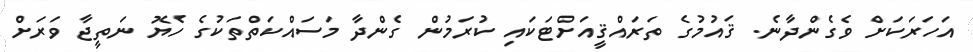
އަހަރަކަށް ވެގެންދާނެ. ޤައުމުގެ ތަރައްޤީއަށްޓަކައި ކުރަމުން ގެންދާ މަސައްކަތްތަކުގެ ހެޔޮ ނަތީޖާ ވަރަށް